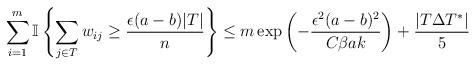
LaTeX: \begin{align*} \sum_{i=1}^{m} \mathbb{I}\left\{\sum_{j \in T}w_{ij} \ge \frac{\epsilon(a-b)|T|}{n} \right\} \le m \exp \left( - \frac{\epsilon^2 (a-b)^2}{C\beta a k} \right) + \frac{|T \Delta T^*|}{5}\end{align*}